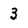
Character: 3